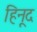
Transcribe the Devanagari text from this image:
हिनूद